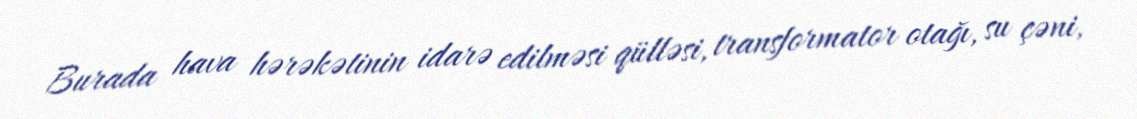
Burada hava hərəkətinin idarə edilməsi qülləsi, transformator otağı, su çəni,